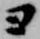
ヨ